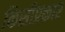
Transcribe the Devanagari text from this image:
किसीप्रकार